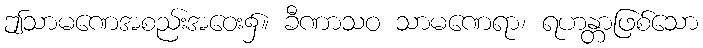
ဤသာမဏေအစည်းအဝေး၌။ ခီဏာသဝ သာမဏေရာ၊ ရဟန္တာဖြစ်သော